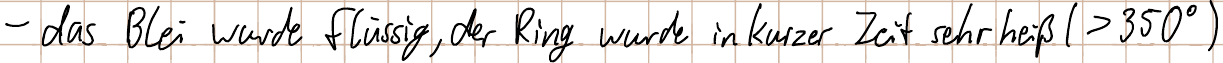
- das Blei wurde flüssig, der Ring wurde in kurzer Zeit sehr heiß (>350°)